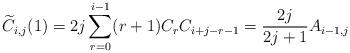
LaTeX: \begin{align*} \widetilde{C}_{i,j}(1) = 2j\sum_{r=0}^{i-1}(r+1)C_rC_{i+j-r-1} = \frac{2j}{2j+1} A_{i-1,j}\end{align*}